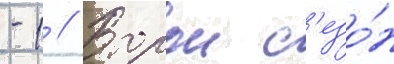
-1 // Второи с'езо́н